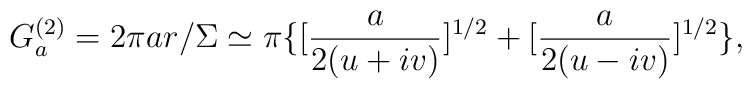
G_a^{(2)}= 2 \pi ar/\Sigma \simeq  \pi \{[\frac{a}{2(u+iv)}]^{1/2} +  [\frac {a}{2(u-iv)}]^{1/2}\},